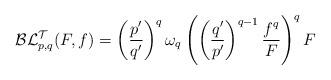
LaTeX: \begin{align*}\mathcal{BL}_{p,q}^{\mathcal{T}}(F,f)=\left( \frac{p^{\prime}}{q^{\prime}}\right) ^{q}\omega_{q}\left( \left( \frac{q^{\prime}}{p^{\prime}}\right)^{q-1}\frac{f^{q}}{F}\right) ^{q}F\end{align*}